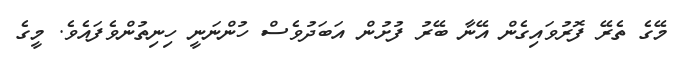
މޭގެ ތެރޭ ފޮރުވައިގެން އޭނާ ބޭރު ފުށުން އަބަދުވެސް ހުންނަނީ ހިނިތުންވެފައެވެ. މީގެ